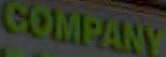
COMPANY